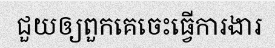
ជួយឲ្យពួកគេចេះធ្វើការងារ